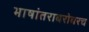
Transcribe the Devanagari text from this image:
भाषांतराबरोबरच